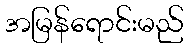
အမြန်ရောင်းမည်